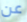
عن